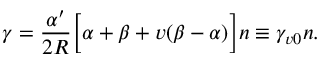
\gamma = \frac { \alpha ^ { \prime } } { 2 R } \Big [ \alpha + \beta + v ( \beta - \alpha ) \Big ] n \equiv \gamma _ { v 0 } n .